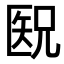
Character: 𫧕